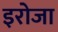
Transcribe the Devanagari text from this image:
इरोजा